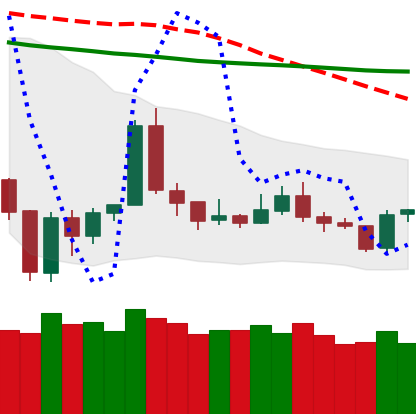
Ticker: TRX-USD
Chart end date: 2020-01-04
Forward return: 4.009%
Label: up_3_5